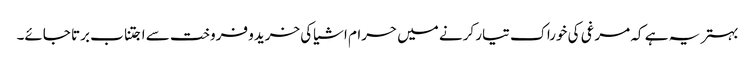
بہتر یہ ہے کہ مرغی کی خوراک تیار کرنے میں حرام اشیاکی خریدو فروخت سے اجتناب برتا جائے۔